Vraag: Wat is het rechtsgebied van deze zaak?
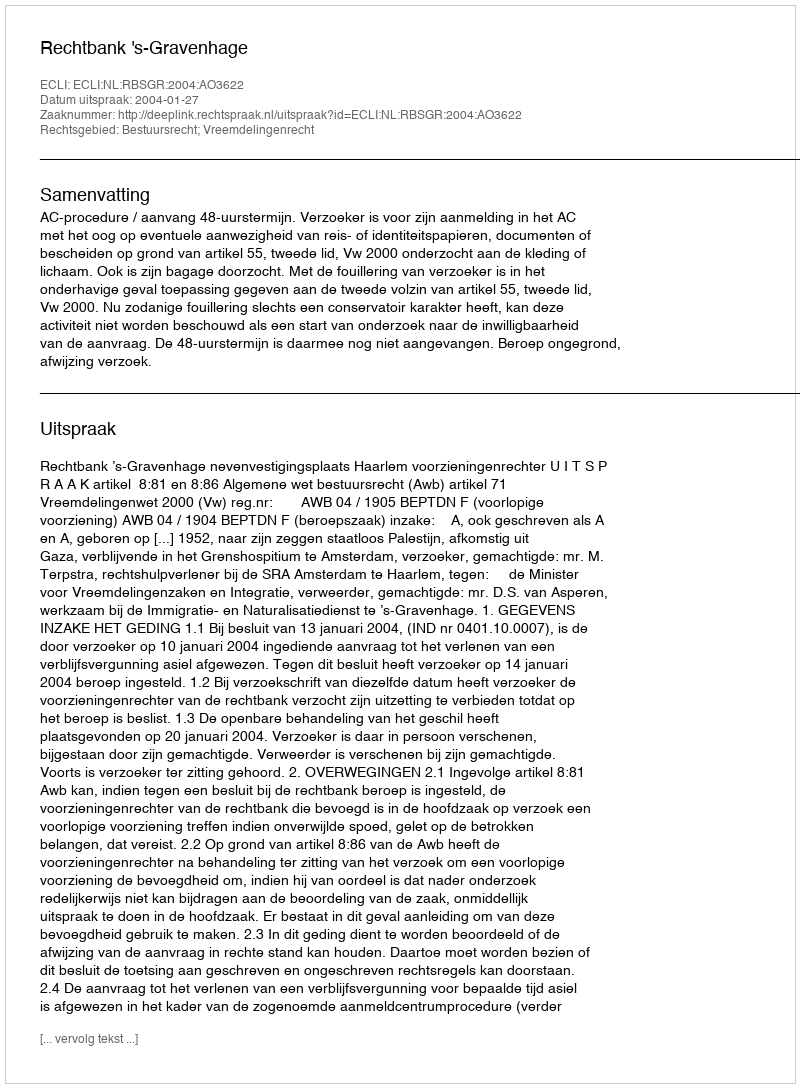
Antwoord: Bestuursrecht; Vreemdelingenrecht